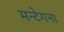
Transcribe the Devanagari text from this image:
मन्टेगना